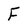
Character: F